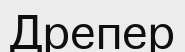
Дрепер